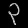
Digit: ၃